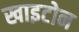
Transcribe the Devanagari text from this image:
खाइटोन